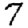
Digit: 7